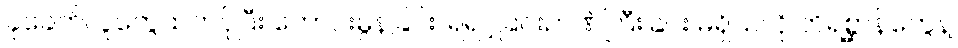
ခုခေတ်လူတွေထက်ပိုပြီး ကောင်းမွန်ခြင်း၊ ရဲရင့်ခြင်းဉာဏ်ကြီးခြင်း မရှိသလို တိရစ္ဆာန်တွေနဲ့